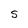
Character: S